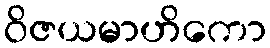
ဝိဇယမာဟိကော